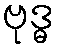
ဗုဒ္ဓ